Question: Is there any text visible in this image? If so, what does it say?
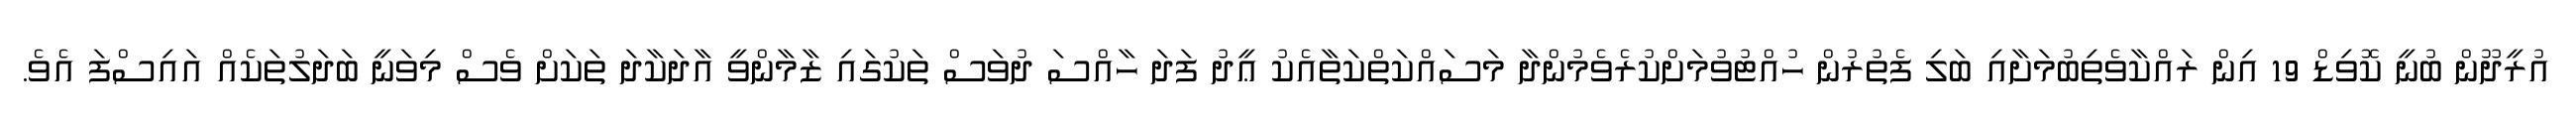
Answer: އުރީދޫން ބުނީ ކޮވިޑް 19 އިން ރައްކާވެތިބުމަށާއި ބަލި ފެތުރުން ހުއްޓުވުމަށްކުރެވެމުންދާ މަސައްކަތްކަތާއެކު ޢީދު ފަދަ ހާއްސަ ދުވަސް ތަކުގައި ޒާމާންވީ އާދަކާދަ ތަކަށް ވެސް މިވަނީ ބަދަލުތަކެއް އައިސްފަ އެވެ.